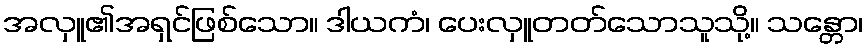
အလှူ၏အရှင်ဖြစ်သော။ ဒါယကံ၊ ပေးလှူတတ်သောသူသို့။ သန္တော၊